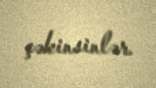
çəkinsinlər.